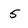
Character: 5